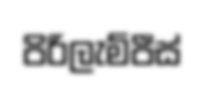
පිරිලැම්පීස්